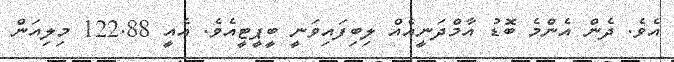
އެވެ. ދެން އެންމެ ބޮޑު އާމްދަނީއެއް ލިބިފައިވަނީ ބީޕީޓީއެވެ. އެއީ 122.88 މިލިއަން